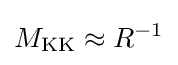
M_{\text{KK}}\approx R^{-1}